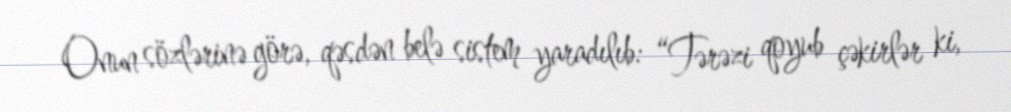
Onun sözlərinə görə, qəsdən belə sistem yaradılıb: “Tərəzi qoyub çəkirlər ki,